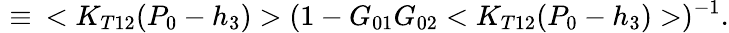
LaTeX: \, \, \equiv\, \, \, <K_{T12}(P_{0}-h_{3})>(1-G_{01}G_{02}<K_{T12}(P_{0}-h_{3})>)^{-1}.